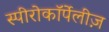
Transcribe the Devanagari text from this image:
स्पीरोकॉर्पेलीज़